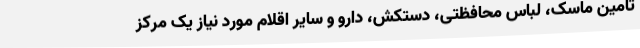
تامین ماسک، لباس محافظتی، دستکش، دارو و سایر اقلام مورد نیاز یک مرکز